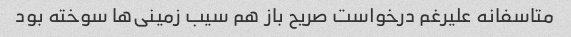
متاسفانه علیرغم درخواست صریح باز هم سیب زمینی‌ها سوخته بود